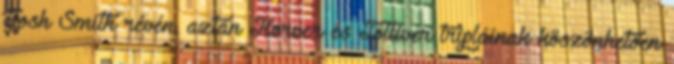
Josh Smith révén, aztán Korver és Tolliver tripláinak köszönhetően